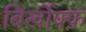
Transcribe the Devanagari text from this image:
बिर्खोफ्फ़